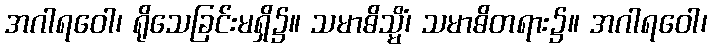
အဂါရဝေါ၊ ရိုသေခြင်းမရှိ၌။ သမာဓိသ္မိံ၊ သမာဓိတရား၌။ အဂါရဝေါ၊